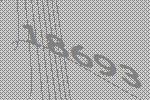
18693